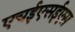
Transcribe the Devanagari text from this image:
एचईएसईएस